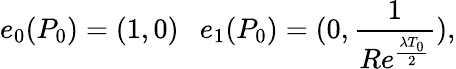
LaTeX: e_{0}(P_{0})=(1,0)\ \ \ e_{1}(P_{0})=(0,\frac{1}{Re^{\frac{\lambda T_{0}}{2}}}),